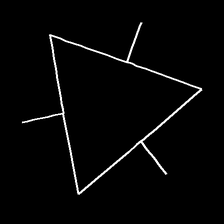
Glyph: fire